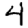
Digit: 4